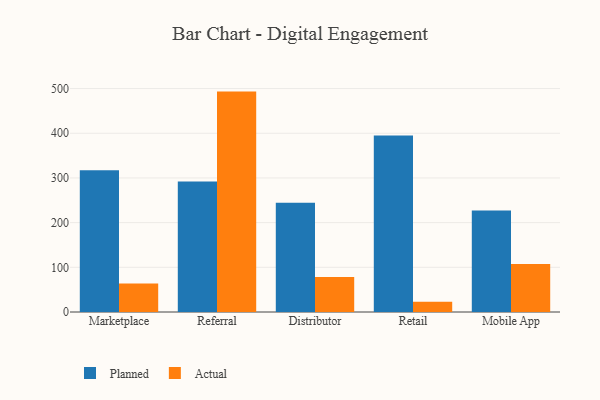
{"axis": {"x": "Channel", "y": "LTV (USD)"}, "legend": ["Actual", "Planned"], "data": [{"x": "Marketplace", "y": 317.2, "type": "Planned"}, {"x": "Marketplace", "y": 63.5, "type": "Actual"}, {"x": "Referral", "y": 291.9, "type": "Planned"}, {"x": "Referral", "y": 493.2, "type": "Actual"}, {"x": "Distributor", "y": 244.6, "type": "Planned"}, {"x": "Distributor", "y": 78.5, "type": "Actual"}, {"x": "Retail", "y": 395.0, "type": "Planned"}, {"x": "Retail", "y": 23.2, "type": "Actual"}, {"x": "Mobile App", "y": 227.3, "type": "Planned"}, {"x": "Mobile App", "y": 107.6, "type": "Actual"}]}